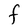
Character: F